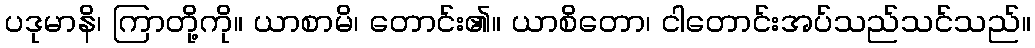
ပဒုမာနိ၊ ကြာတို့ကို။ ယာစာမိ၊ တောင်း၏။ ယာစိတော၊ ငါတောင်းအပ်သည်သင်သည်။